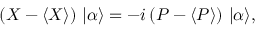
\left( { X } - \langle { X } \rangle \right) \, | \alpha \rangle = - i \left( { P } - \langle { P } \rangle \right) \, | \alpha \rangle { \mathrm { , } }